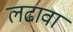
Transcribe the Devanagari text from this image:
लढावा